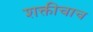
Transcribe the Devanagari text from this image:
शक्तीचाच